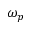
\omega _ { p }